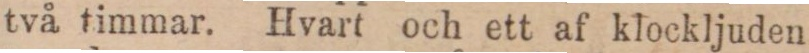
två timmar. Hvart och ett af klockljuden